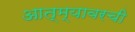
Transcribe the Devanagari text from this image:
आत्म्यावरची